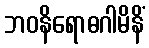
ဘဝနိရောဓဂါမိနိံ